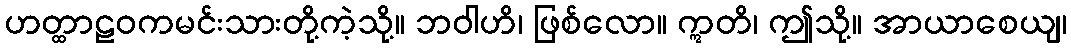
ဟတ္ထာဠဝကမင်းသားတို့ကဲ့သို့။ ဘဝါဟိ၊ ဖြစ်လော။ ဣတိ၊ ဤသို့။ အာယာစေယျ၊